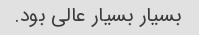
بسیار بسیار عالی بود.